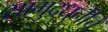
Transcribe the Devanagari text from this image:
सामुद्रधुनीचे